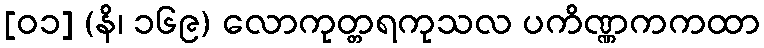
[၀၁] (နိ၊ ၁၆၉) လောကုတ္တရကုသလ ပကိဏ္ဏကကထာ